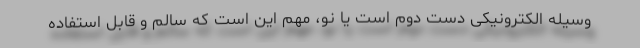
وسیله الکترونیکی دست دوم است یا نو، مهم این است که سالم و قابل استفاده